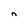
Character: n